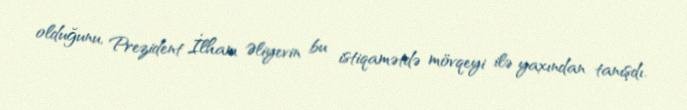
olduğunu, Prezident İlham Əliyevin bu istiqamətdə mövqeyi ilə yaxından tanışdı.